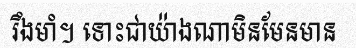
រឹងមាំ។ ទោះជាយ៉ាងណាមិនមែនមាន